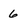
Character: 6